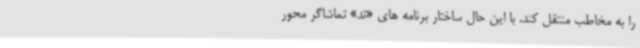
را به مخاطب منتقل کند. با این حال ساختار برنامه های «تد» تماشاگر محور